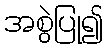
အစွဲပြု၍